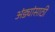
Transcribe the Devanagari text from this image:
अंड्यांसाठी